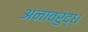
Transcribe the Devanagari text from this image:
अनावरुद्ध